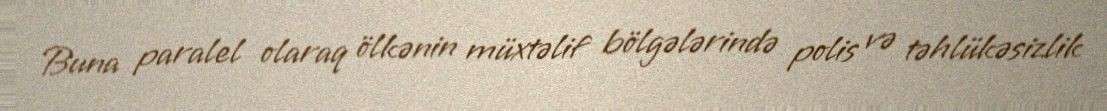
Buna paralel olaraq ölkənin müxtəlif bölgələrində polis və təhlükəsizlik